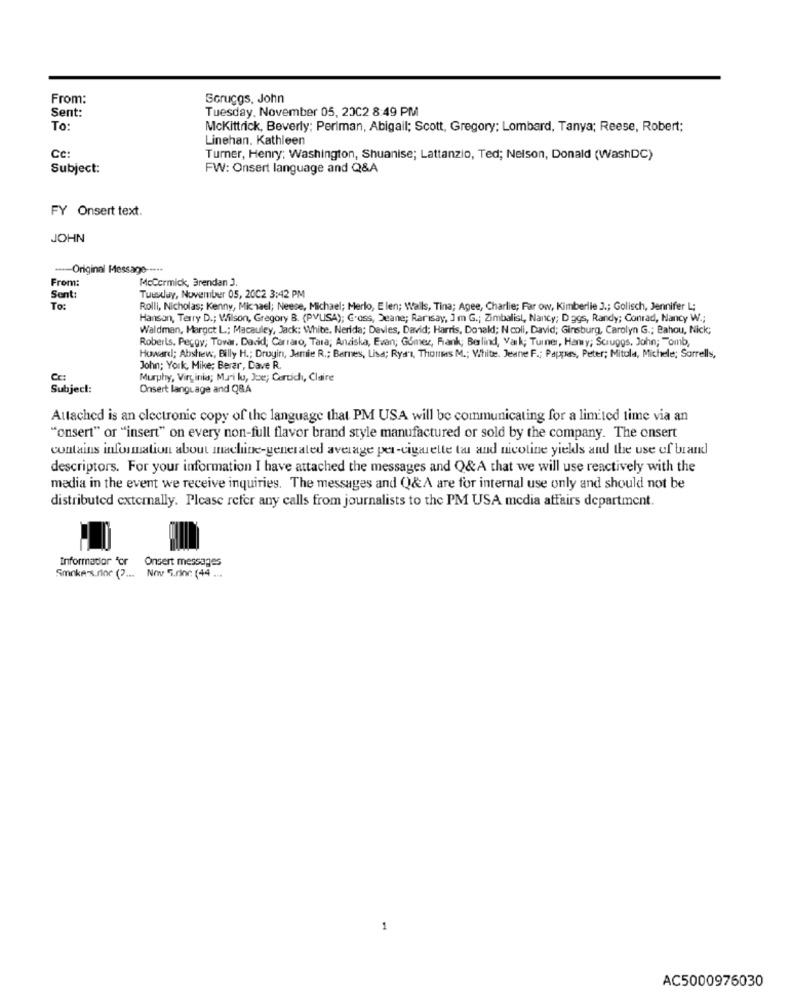
From:
Scruggs, John
Sent:
Tuesday, November 05, 2002 8:49 PM
To:
Mckittrick, Beverly; Periman, Abigail; Scott, Gregory; Lombard, Tanya; Reese, Robert;
Linehan, Kathleen
Cc:
Turner, Henry; Washington, Shuanise; Lattanzio, Ted; Nelson, Donald (WashDC)
Subject:
FW: Onsert language and Q&A
FY Onsert text.
JOHN
---- Original Message ---··
From:
McCormick, Brendan J.
Sent:
Tuesday, November 05, 2002 3:42 PM
To:
Rolli, Nicholas; Kenny, Michael; Neese, Michael; Merlo, Elen; Walls, Tina; Agee, Charlie; Far ow, Kimberlie J .; Golisch, Jennifer L;
Hanson, Terry D .; Wilson, Gregory B. (PVUSA); G'oss, Jeane; Rarisay, J m G .; Zimbalist, Nancy; D ggs, Randy; Conrad, Nancy W .;
Waldman, Margot L; Macauley, Jack: White. Nerida; Davies, David; Harris, Donald; N coli, David; Ginsburg, Carolyn G .; Bahou, Nick;
Roberts. Pecgy; Tovar. Dacid; Carraro, Tara; Anziska, Evan; Gómez, Fank, Borlind, Vak; Turner, Hamy; Scruggs, John; Tomb,
Howard; Abshew, Billy H .; Drugin, Jamie R .; Barnes, Lisa; Ryani, Thonms M .; White. Jeune F .; Pappers, Peter; Mitula, Michele; Sorrells,
John; York, Mike; Berar, Dave R.
Cc:
Murphy, Virginia; Mui lu, Je; Certich, Claire
Subject:
Onsert language and Q&A
Attached is an electronic copy of the language that PM USA will be communicating for a limited time via an
"onsert" or "insert" on every non-full flavor brand style manufactured or sold by the company. The onsert
contains information about machine-generated average per-cigarette ta and nicotine yields and the use of brand
descriptors. For your information I have attached the messages and Q&A that we will use reactively with the
media in the event we receive inquiries. The messages and Q&A are for internal use only and should not be
distributed externally. Please refer any calls from journalists to the PM USA media affairs department.
Onsert messages
Informator 'or
Smokex.flor ( ?... Nov 5.dinr: (44 ...
AC5000976030